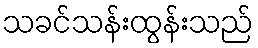
သခင်သန်းထွန်းသည်